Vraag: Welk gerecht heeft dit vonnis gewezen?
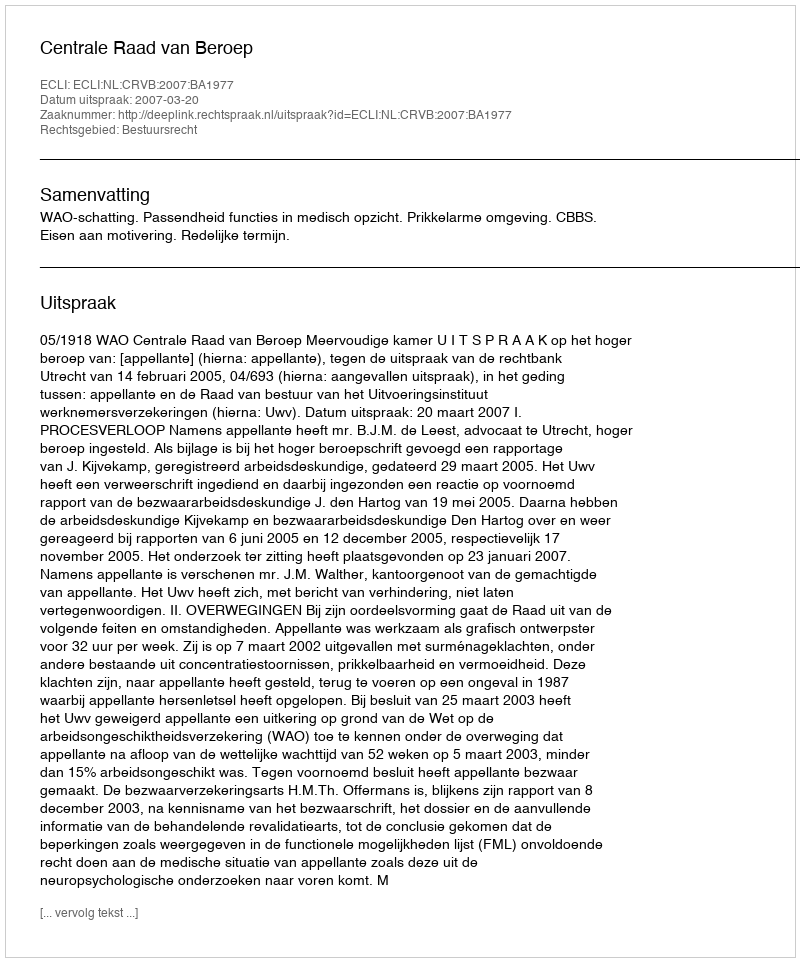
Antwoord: Centrale Raad van Beroep